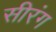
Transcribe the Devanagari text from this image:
सीरंग